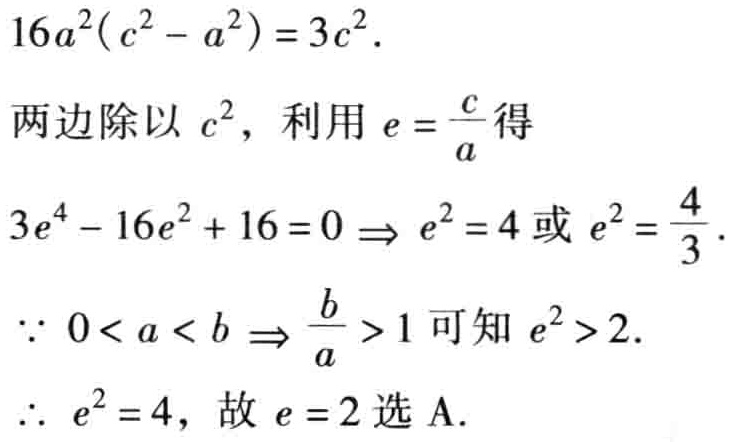
\(16a^{2}(c^{2}-a^{2}) = 3c^{2}.\)

两边除以 \(c^{2}\)，利用 \(e = \frac{c}{a}\)得

\(3e^{4}-16e^{2}+16 = 0\Rightarrow e^{2}=4或e^{2}=\frac{4}{3}.\)

\(\because 0 < a < b\Rightarrow\frac{b}{a}>1可知e^{2}>2.\)

\(\therefore e^{2}=4，故e = 2选A.\)